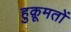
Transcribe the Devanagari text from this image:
हुक़ूमतों